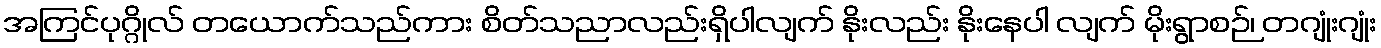
အကြင်ပုဂ္ဂိုလ် တယောက်သည်ကား စိတ်သညာလည်းရှိပါလျက် နိုးလည်း နိုးနေပါ လျက် မိုးရွာစဉ်၊ တဂျုံးဂျုံး